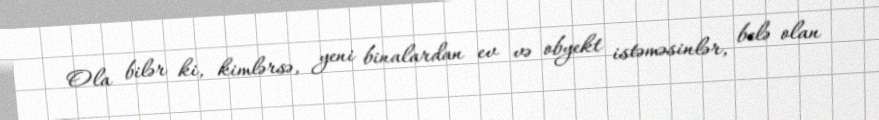
Ola bilər ki, kimlərsə, yeni binalardan ev və obyekt istəməsinlər, belə olan